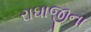
રાઘાજીના